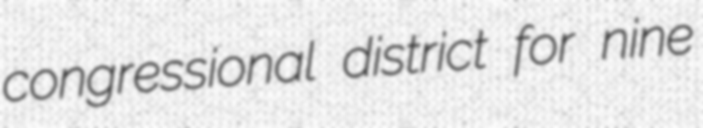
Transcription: congressional district for nine